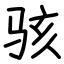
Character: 骇